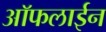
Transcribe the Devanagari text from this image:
आॅफलाईन